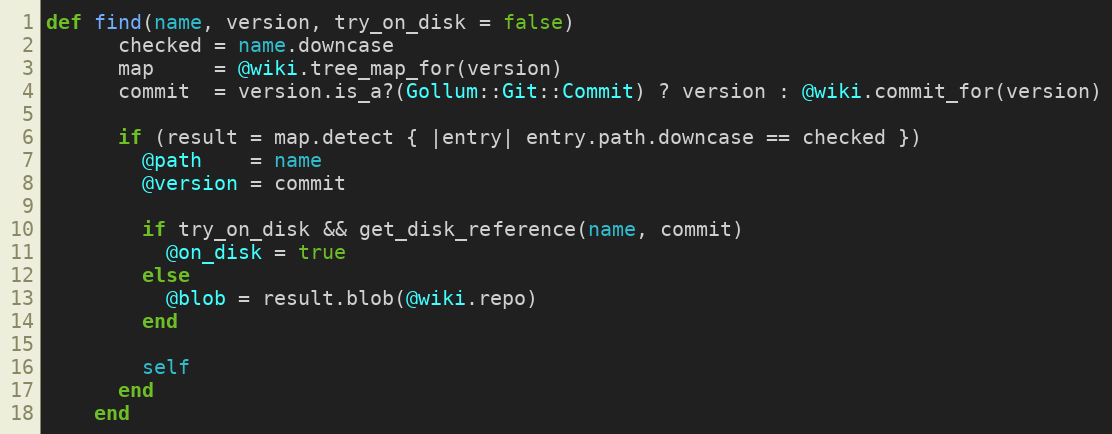
Language: Ruby
def find(name, version, try_on_disk = false)
      checked = name.downcase
      map     = @wiki.tree_map_for(version)
      commit  = version.is_a?(Gollum::Git::Commit) ? version : @wiki.commit_for(version)

      if (result = map.detect { |entry| entry.path.downcase == checked })
        @path    = name
        @version = commit

        if try_on_disk && get_disk_reference(name, commit)
          @on_disk = true
        else
          @blob = result.blob(@wiki.repo)
        end

        self
      end
    end